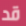
قد